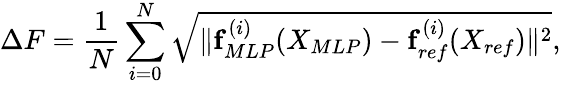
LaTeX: \Delta F=\frac{1}{N}\sum_{i=0}^{N}\sqrt{\| \mathbf{f}_{MLP}^{(i)}(X_{MLP})-\mathbf{f}_{ref}^{(i)}(X_{ref})\| ^{2}},